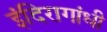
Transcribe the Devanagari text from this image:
इंदिरागांधी